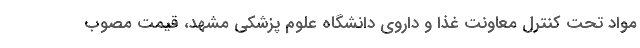
مواد تحت کنترل معاونت غذا و داروی دانشگاه علوم پزشکی مشهد، قیمت مصوب